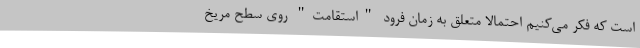
است که فکر می‌کنیم احتمالا متعلق به زمان فرود "استقامت" روی سطح مریخ